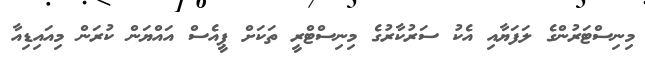
މިނިސްޓަރުންގެ ލަފަޔާއި އެކު ސަރުކާރުގެ މިނިސްޓްރީ ތަަކަށް ޕީއެސް އައްޔަން ކުރަން މިއައިޑިއާ